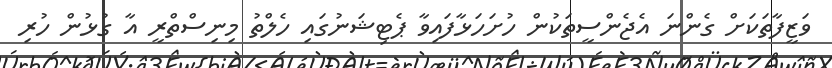
ވަޒީފާތަކަށް ގެންނަ އެޖެންސީތަކުން ހުށަހަޅާފައިވާ ޕެޓިޝަނުގައި ހެލްތު މިނިސްތްރީ އާ ގުޅުން ހުރި